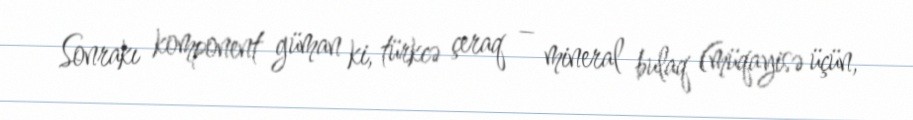
Sonrakı komponent güman ki, türkcə çeraq – mineral bulaq (müqayisə üçün,